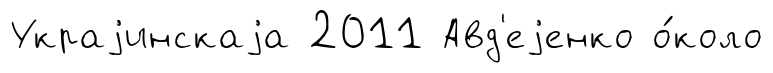
Украjинскаjа 2011 Авд'еjенко о́коло